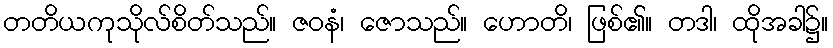
တတိယကုသိုလ်စိတ်သည်။ ဇဝနံ၊ ဇောသည်။ ဟောတိ၊ ဖြစ်၏။ တဒါ၊ ထိုအခါ၌။